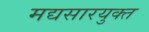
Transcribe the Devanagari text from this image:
मद्यसारयुक्त